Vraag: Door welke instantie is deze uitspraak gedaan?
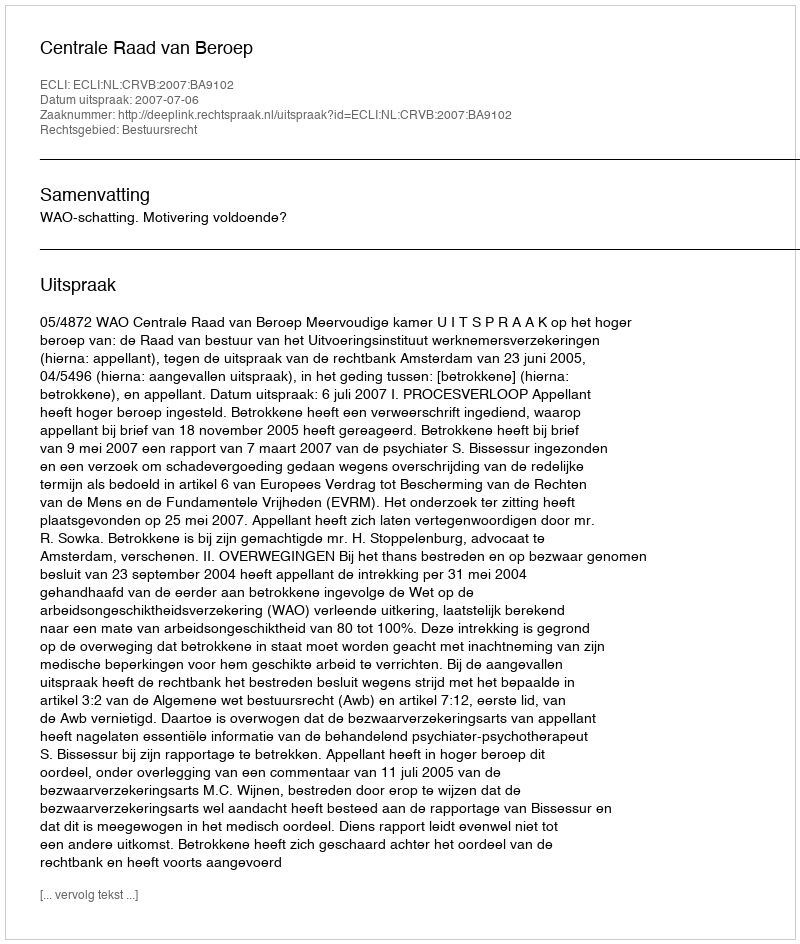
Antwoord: Centrale Raad van Beroep